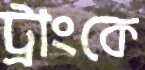
ট্রাংকে